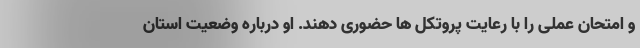
و امتحان عملی را با رعایت پروتکل ها حضوری دهند. او درباره وضعیت استان